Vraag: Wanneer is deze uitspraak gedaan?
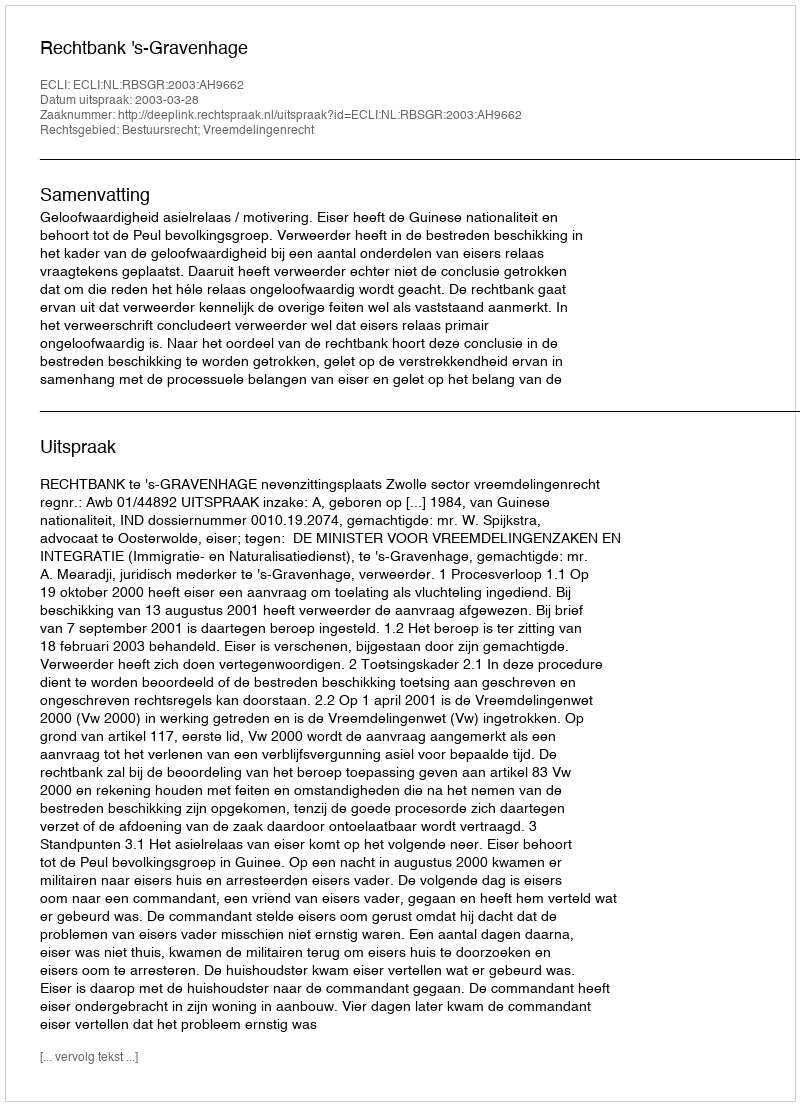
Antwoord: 2003-03-28